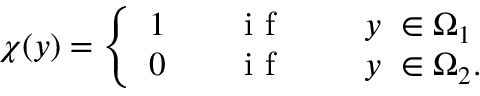
\chi ( y ) = \left\{ \begin{array} { l l } { 1 \qquad \mathrm { ~ i ~ f ~ } \qquad \ { y } \, \, \in \Omega _ { 1 } } \\ { 0 \qquad \mathrm { ~ i ~ f ~ } \qquad \ { y } \, \, \in \Omega _ { 2 } . } \end{array} \right.